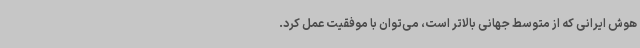
هوش ایرانی که از متوسط جهانی بالاتر است، می‌توان با موفقیت عمل کرد.